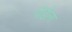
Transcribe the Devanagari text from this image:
पीढीला